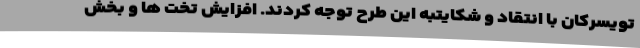
تویسرکان با انتقاد و شکایتبه این طرح توجه کردند. افزایش تخت ها و بخش